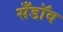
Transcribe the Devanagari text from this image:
सँडॉव